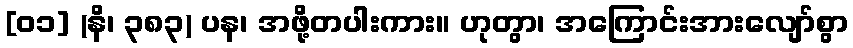
[၀၁] (နိ၊ ၃၈၃) ပန၊ အဖို့တပါးကား။ ဟုတွာ၊ အကြောင်းအားလျော်စွာ